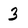
Character: 3